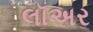
લૉઅર